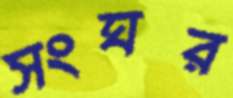
সংঘর